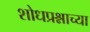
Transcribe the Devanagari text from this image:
शोधप्रश्नाच्या